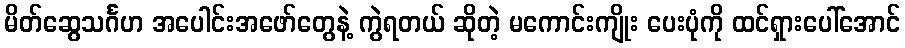
မိတ်ဆွေသင်္ဂဟ အပေါင်းအဖော်တွေနဲ့ ကွဲရတယ် ဆိုတဲ့ မကောင်းကျိုး ပေးပုံကို ထင်ရှားပေါ်အောင်